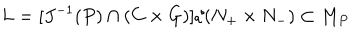
LaTeX: L = [ J ^ { - 1 } ( P ) \cap ( C \times G ) ] / ( N _ { + } \times N _ { - } ) \subset M _ { P }